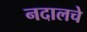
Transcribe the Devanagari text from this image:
नदालचे